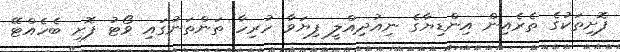
ފޮށިތަކުގެ ތެރެއިން އިންޑިޔާގެ ނިއުދިއްލީ ފިޔަވާ ހުރިހާ ތަންތަނުގައި ވޯޓު ފޮށި ބެހެއްޓޭ